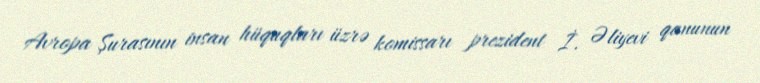
Avropa Şurasının insan hüquqları üzrə komissarı prezident İ. Əliyevi qanunun